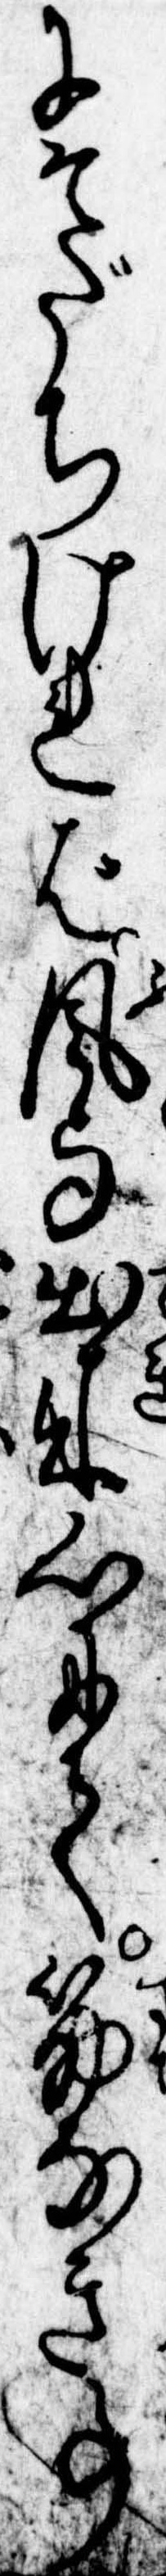
にそだちければ風与出来心にて筋なき事